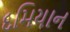
દમિયાન